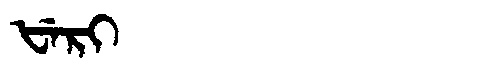
Manchu: ᡶᡝᡵᡳ
Romanization: FERI